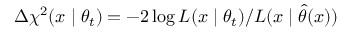
\Delta \chi ^ { 2 } ( x \mid \theta _ { t } ) = - 2 \log L ( x \mid \theta _ { t } ) / L ( x \mid \hat { \theta } ( x ) )